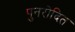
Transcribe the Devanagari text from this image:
पुनरोदित